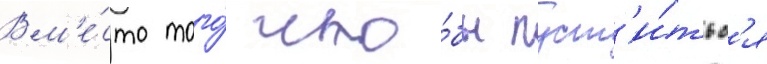
Вм'е́сто того́ что́бы пуст'и́тьс'я